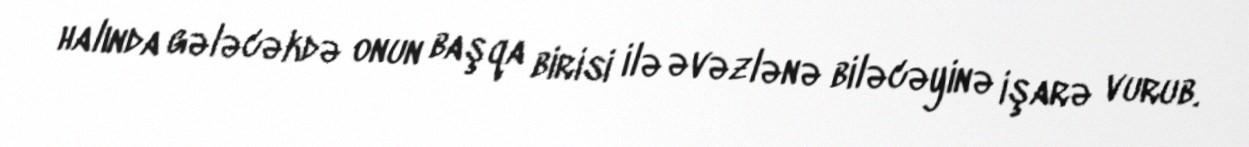
halında gələcəkdə onun başqa birisi ilə əvəzlənə biləcəyinə işarə vurub.